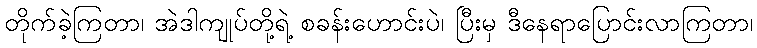
တိုက်ခဲ့ကြတာ၊ အဲဒါကျုပ်တို့ရဲ့ စခန်းဟောင်းပဲ၊ ပြီးမှ ဒီနေရာပြောင်းလာကြတာ၊